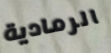
الرمادية